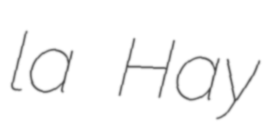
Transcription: la Hay